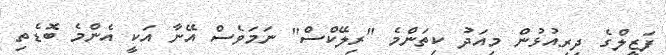
ފަޒީލްގެ ދިރިއުޅުން މިއަދު ކިތަންމެ "ރިލޭކްސް" ނަމަވެސް އޭނާ އަކީ އެންމެ ބޮޑެތި